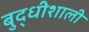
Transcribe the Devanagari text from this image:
बुद्धीशाली